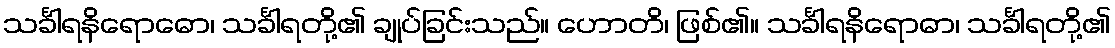
သင်္ခါရနိရောဓော၊ သင်္ခါရတို့၏ ချုပ်ခြင်းသည်။ ဟောတိ၊ ဖြစ်၏။ သင်္ခါရနိရောဓာ၊ သင်္ခါရတို့၏